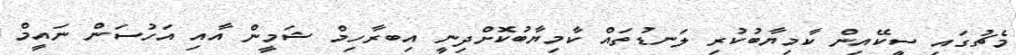
މެޗުގައި ސީކޭއިން ކާމިޔާބުކުރި ލަނޑުތައް ކާމިޔާބުކޮށްދިނީ އިބރާހިމް ޝަމީން އާއި އަހުސަން ނައީމް